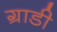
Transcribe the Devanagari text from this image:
ग्राडी